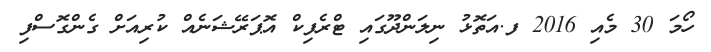
ހޯމަ 30 މެއި 2016 ފ.އަތޮޅު ނިލަންދޫގައި ޓްރެފިކް އޮޕަރޭޝަނެއް ކުރިއަށް ގެންގޮސްފި